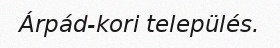
Árpád-kori település.